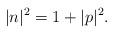
LaTeX: \begin{align*}|n|^2=1+|p|^2.\end{align*}